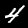
Label: 4